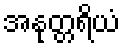
အနုတ္တရိယံ